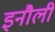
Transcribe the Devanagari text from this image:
इनौली